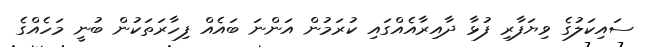
ސައިކަލުގެ ވިޔަފާރި ފުޅާ ދާއިރާއެއްގައި ކުރަމުން އަންނަ ބައެއް ފިހާރަތަކުން ބުނީ މަހެއްގެ